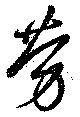
勞